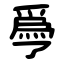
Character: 爳